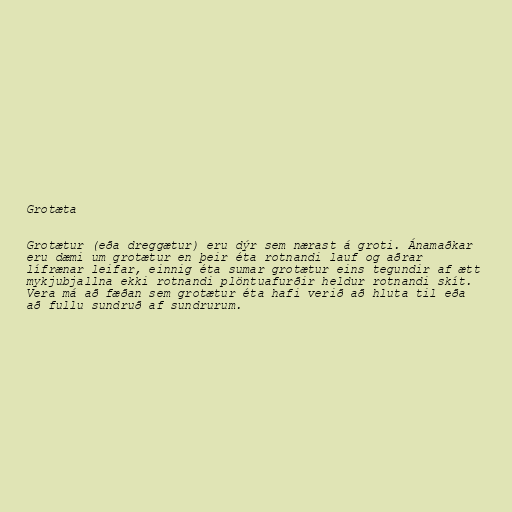
Grotæta

Grotætur (eða dreggætur) eru dýr sem nærast á groti. Ánamaðkar
eru dæmi um grotætur en þeir éta rotnandi lauf og aðrar
lífrænar leifar, einnig éta sumar grotætur eins tegundir af ætt
mykjubjallna ekki rotnandi plöntuafurðir heldur rotnandi skít.
Vera má að fæðan sem grotætur éta hafi verið að hluta til eða
að fullu sundruð af sundrurum.